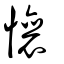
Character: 懹